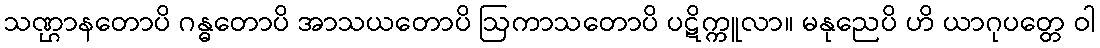
သဏ္ဌာနတောပိ ဂန္ဓတောပိ အာသယတောပိ ဩကာသတောပိ ပဋိက္ကူလာ။ မနုညေပိ ဟိ ယာဂုပတ္တေ ဝါ